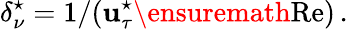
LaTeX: \delta_{\nu}^{\star}=1/(\mathbf{u}_{\tau}^{\star}\ensuremath{{\mathrm{{Re}}}}{})\, .